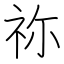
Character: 祢